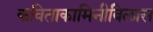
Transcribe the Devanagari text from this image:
कविताकामिनीविलास